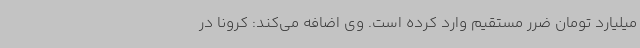
میلیارد تومان ضرر مستقیم وارد کرده است. وی اضافه می‌کند: کرونا در